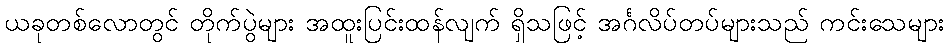
ယခုတစ်လောတွင် တိုက်ပွဲများ အထူးပြင်းထန်လျက် ရှိသဖြင့် အင်္ဂလိပ်တပ်များသည် ကင်းသေများ